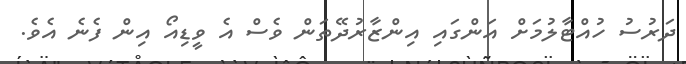
ދަރުސު ހުއްޓާލުމަށް އަންގައި އިންޒާރުދޭތަން ވެސް އެ ވީޑިއޯ އިން ފެނެ އެވެ.